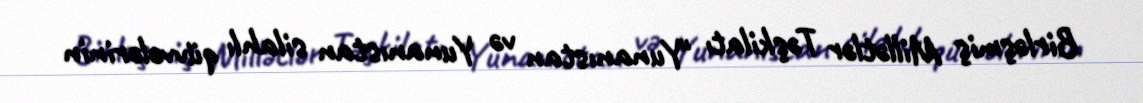
Birləşmiş Millətlər Təşkilatı "Yunanıstan və Yunanıstan silahlı qüvvələrinin